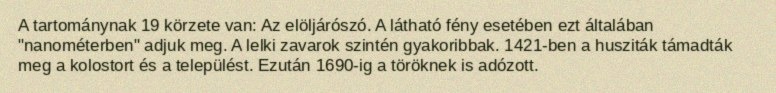
A tartománynak 19 körzete van: Az elöljárószó. A látható fény esetében ezt általában "nanométerben" adjuk meg. A lelki zavarok szintén gyakoribbak. 1421-ben a husziták támadták meg a kolostort és a települést. Ezután 1690-ig a töröknek is adózott.